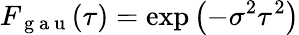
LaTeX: F_{\mathrm{~g~a~u~}}(\tau)=\exp\left(-\sigma^{2}\tau^{2}\right)